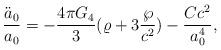
LaTeX: \begin{align*}{\ddot{a}_0\over a_0}=-{{4\pi G_4}\over 3}(\varrho+3{\wp\over c^2})-{{Cc^2}\over{a^4_0}},\end{align*}